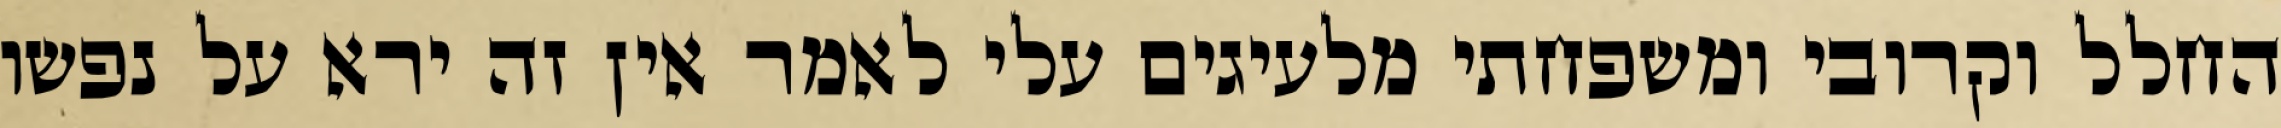
החלל וקרובי ומשפחתי מלעיגים עלי לאמר אין זה ירא על נפשו